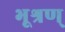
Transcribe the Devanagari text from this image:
भूश्रण्